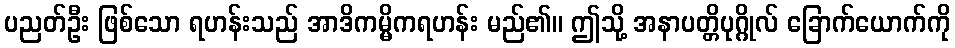
ပညတ်ဦး ဖြစ်သော ရဟန်းသည် အာဒိကမ္မိကရဟန်း မည်၏။ ဤသို့ အနာပတ္တိပုဂ္ဂိုလ် ခြောက်ယောက်ကို